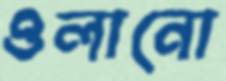
ওলানো